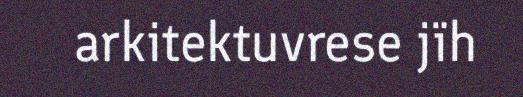
arkitektuvrese jïh